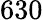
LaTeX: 630